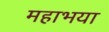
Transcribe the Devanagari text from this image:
महाभया